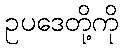
ဥပဒေတို့ကို